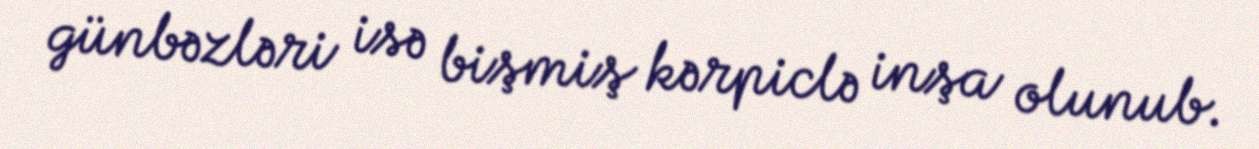
günbəzləri isə bişmiş kərpiclə inşa olunub.